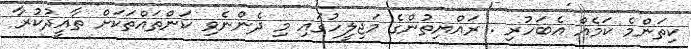
ކިތަންމެ ކަމެއް އެބަހުރި . ރައްޔިތުންގެ މަޖިލީހުގައި މި ދެންނެވި ކަންތައްތަކަަށް ތާއީދުކުރާ